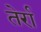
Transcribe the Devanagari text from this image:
तेर्रा